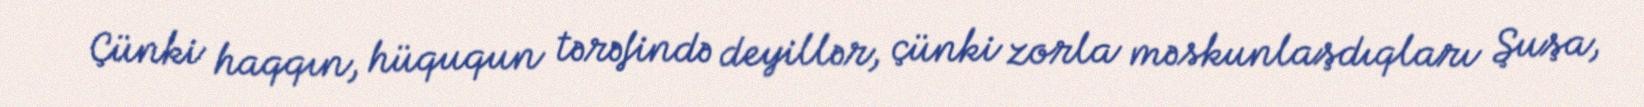
Çünki haqqın, hüququn tərəfində deyillər, çünki zorla məskunlaşdıqları Şuşa,